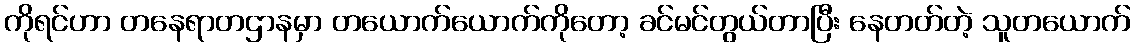
ကိုရင်ဟာ တနေရာတဌာနမှာ တယောက်ယောက်ကိုတော့ ခင်မင်တွယ်တာပြီး နေတတ်တဲ့ သူတယောက်